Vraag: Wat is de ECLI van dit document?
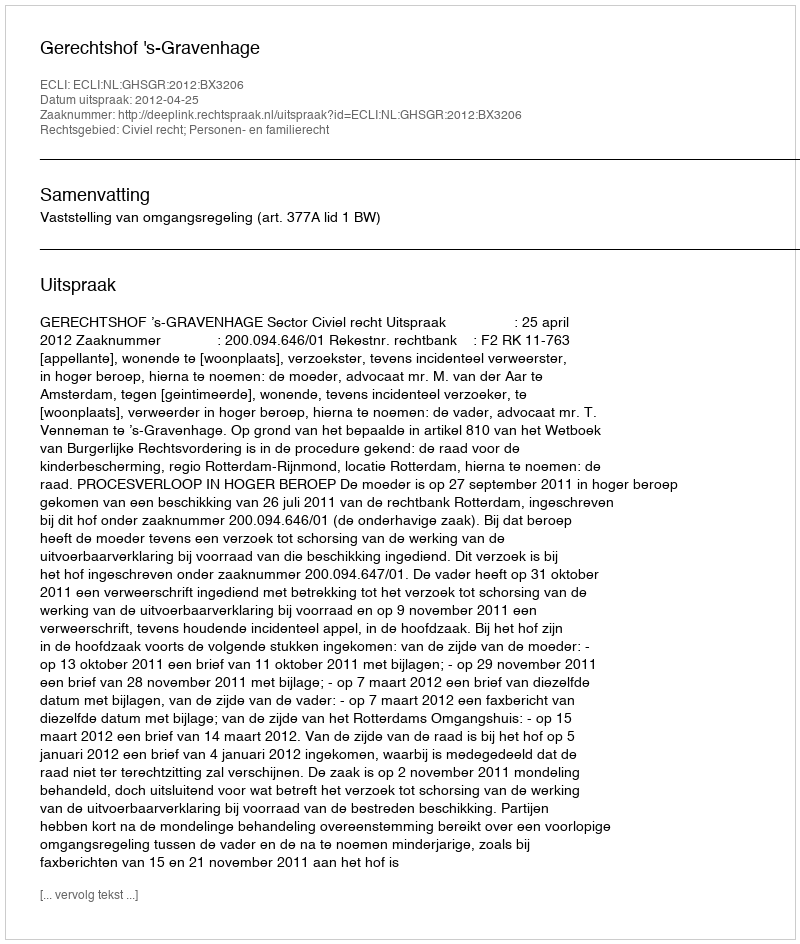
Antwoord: ECLI:NL:GHSGR:2012:BX3206